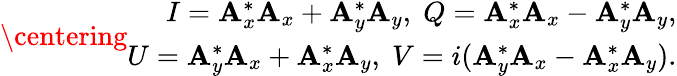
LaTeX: \centering\begin{array}{r}{I=\mathbf{A}_{x}^{*}\mathbf{A}_{x}+\mathbf{A}_{y}^{*}\mathbf{A}_{y},\; Q=\mathbf{A}_{x}^{*}\mathbf{A}_{x}-\mathbf{A}_{y}^{*}\mathbf{A}_{y},}\\ {U=\mathbf{A}_{y}^{*}\mathbf{A}_{x}+\mathbf{A}_{x}^{*}\mathbf{A}_{y},\; V=i(\mathbf{A}_{y}^{*}\mathbf{A}_{x}-\mathbf{A}_{x}^{*}\mathbf{A}_{y}).}\end{array}